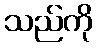
သည်ကို